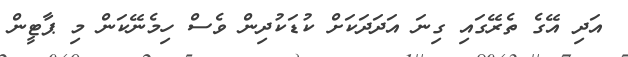
އަދި އޭގެ ތެރޭގައި ގިނަ އަދަދަކަށް ކުޑަކުދިން ވެސް ހިމެނޭކަން މި ޕާޓީން